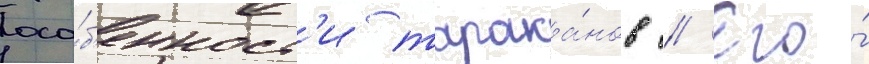
осо́б'енност'и тарака́нов // Его́